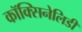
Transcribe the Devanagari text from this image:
कॉक्सिनेलिडी